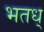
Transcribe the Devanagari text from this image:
भतध्